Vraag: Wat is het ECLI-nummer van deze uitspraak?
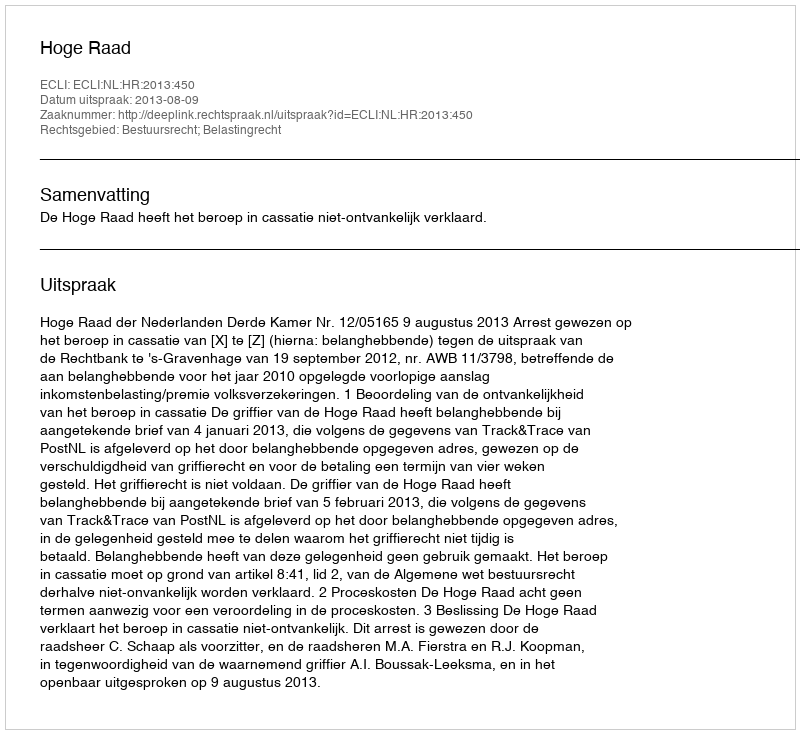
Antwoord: ECLI:NL:HR:2013:450